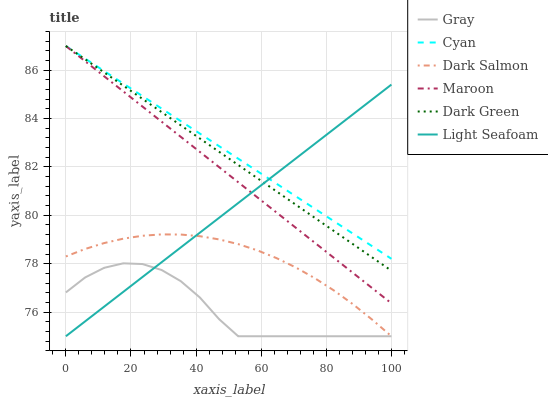
| xaxis_label | Gray | Cyan | Dark Salmon | Maroon | Dark Green | Light Seafoam |
 | --- | --- | --- | --- | --- | --- | --- |
 | 0 | 76.8 | 87 | 78.3 | 87 | 87 | 75 |
 | 5.88 | 77.4 | 86.5 | 78.6 | 86.4 | 86.5 | 75.6 |
 | 11.8 | 77.8 | 86 | 78.9 | 85.7 | 85.9 | 76.2 |
 | 17.6 | 78 | 85.4 | 79 | 85.1 | 85.4 | 76.8 |
 | 23.5 | 78 | 84.9 | 79.2 | 84.5 | 84.8 | 77.4 |
 | 29.4 | 77.7 | 84.4 | 79.2 | 83.9 | 84.3 | 78.1 |
 | 35.3 | 77.3 | 83.9 | 79.2 | 83.2 | 83.7 | 78.7 |
 | 41.2 | 76.6 | 83.4 | 79.1 | 82.6 | 83.2 | 79.3 |
 | 47.1 | 75.7 | 82.9 | 79 | 82 | 82.6 | 79.9 |
 | 52.9 | 75 | 82.3 | 78.8 | 81.4 | 82.1 | 80.5 |
 | 58.8 | 75 | 81.8 | 78.6 | 80.7 | 81.5 | 81.1 |
 | 64.7 | 75 | 81.3 | 78.2 | 80.1 | 81 | 81.7 |
 | 70.6 | 75 | 80.8 | 77.8 | 79.5 | 80.4 | 82.3 |
 | 76.5 | 75 | 80.3 | 77.4 | 78.9 | 79.9 | 83 |
 | 82.4 | 75 | 79.8 | 76.9 | 78.2 | 79.3 | 83.6 |
 | 88.2 | 75 | 79.2 | 76.3 | 77.6 | 78.8 | 84.2 |
 | 94.1 | 75 | 78.7 | 75.7 | 77 | 78.3 | 84.8 |
 | 100 | 75 | 78.2 | 75 | 76.4 | 77.7 | 85.4 |